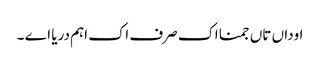
اوداں تاں جمنا اک صرف اک اہم دریا اے ۔